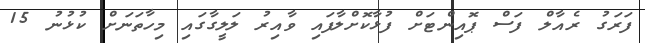
ފަރަގު ރެއާލް ފަސް ޕޮއިންޓަށް ފުޅާކޮށްލާފައި ވާއިރު ލަލީގާގައި މިހާތަނަށް ކުޅުނު 15